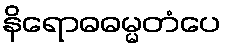
နိရောဓဓမ္မတံပေ